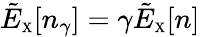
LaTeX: \tilde{E}_{\scriptscriptstyle\mathrm{X}}[n_{\gamma}]=\gamma\tilde{E}_{\scriptscriptstyle\mathrm{X}}[n]